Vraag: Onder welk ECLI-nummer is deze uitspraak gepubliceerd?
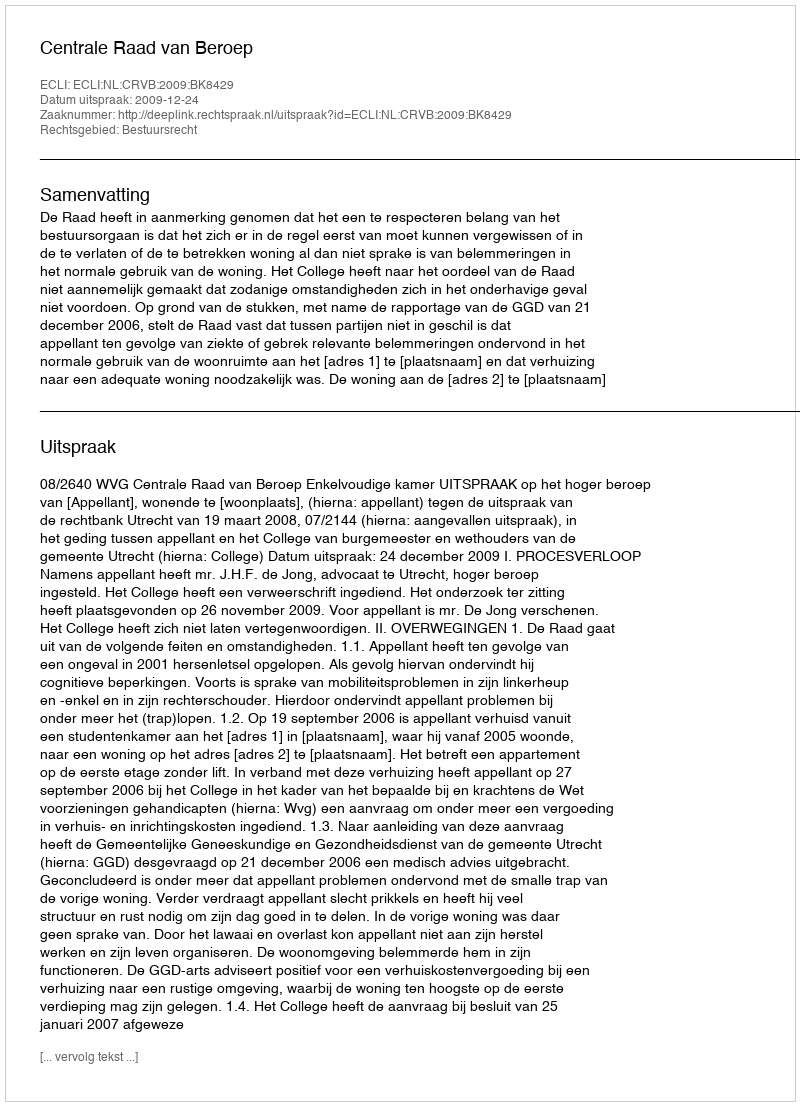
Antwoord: ECLI:NL:CRVB:2009:BK8429